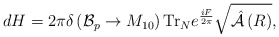
\begin{align*}dH = 2\pi \delta\left( {\cal B}_p \rightarrow M_{10}\right)\mbox{Tr}_Ne^{\frac{iF}{2\pi}} \sqrt{\hat{\cal A}\left( R\right)},\end{align*}